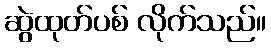
ဆွဲထုတ်ပစ် လိုက်သည်။